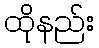
ထိုနည်း